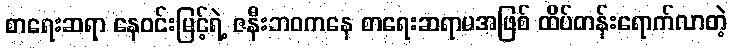
စာရေးဆရာ နေဝင်းမြင့်ရဲ့ ဇနီးဘဝကနေ စာရေးဆရာမအဖြစ် ထိပ်တန်းရောက်လာတဲ့